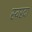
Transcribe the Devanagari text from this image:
स्वरदा